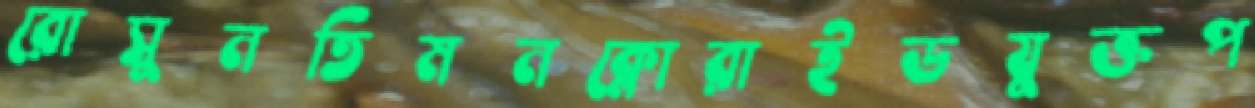
রোসুনতিমনক্লোরাইডযুক্তপ